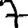
Digit: 7